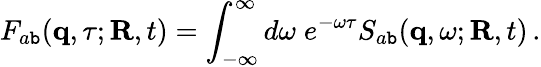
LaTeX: F_{a\mathtt{b}}({\mathbf{q}},\tau;{\mathbf{R}},t)=\int_{-\infty}^{\infty}d\omega\; e^{-\omega\tau}S_{a\mathtt{b}}({\mathbf{q}},\omega;{\mathbf{R}},t)\, .